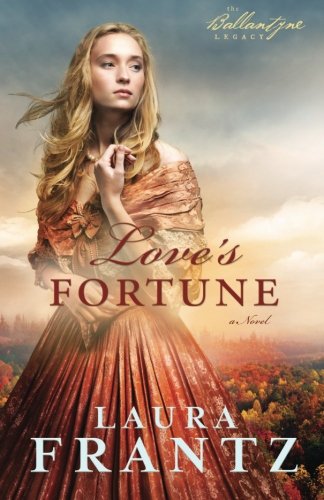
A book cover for Love's Fortune: A Novel (The Ballantyne Legacy) (Volume 3); Laura Frantz; Romance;